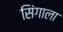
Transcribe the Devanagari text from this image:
सिंगाला